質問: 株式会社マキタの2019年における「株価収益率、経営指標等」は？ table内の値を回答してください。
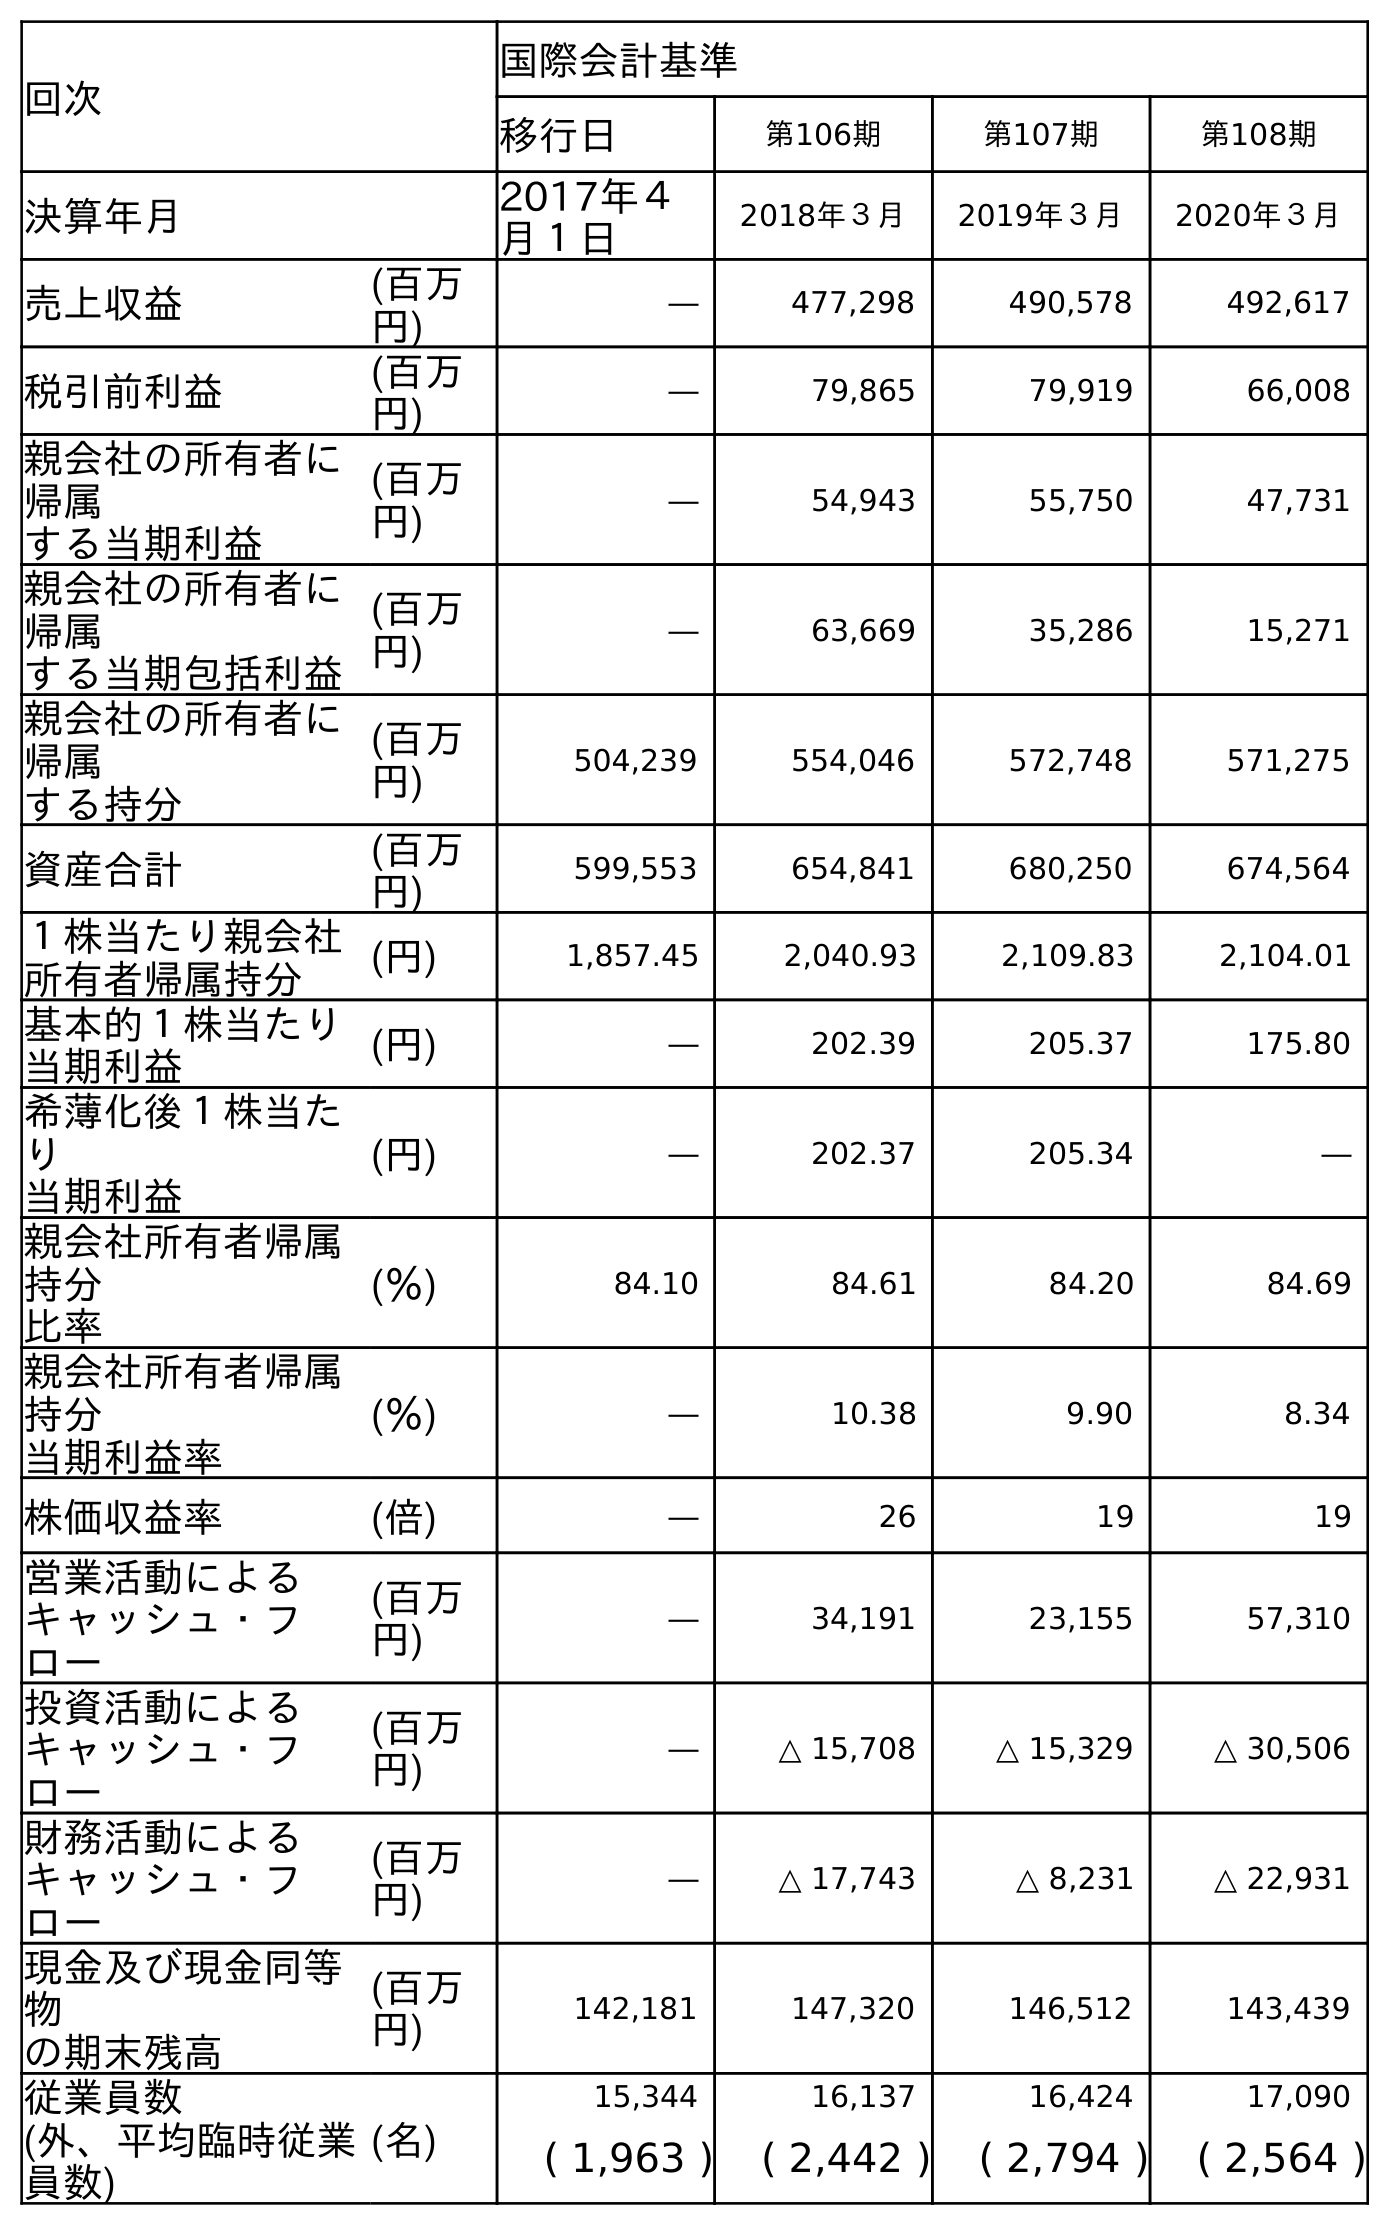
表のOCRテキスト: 回次 国際会計基準 移行日 第106期 第107期 第108期 決算年月 2017年４ 月１日 2018年３月 2019年３月 2020年３月 売上収益 (百万 円) ― 477,298 490,578 492,617 税引前利益 (百万 円) ― 79,865 79,919 66,008 親会社の所有者に 帰属 する当期利益 (百万 円) ― 54,943 55,750 47,731 親会社の所有者に 帰属 する当期包括利益 (百万 円) ― 63,669 35,286 15,271 親会社の所有者に 帰属 する持分 (百万 円) 504,239 554,046 572,748 571,275 資産合計 (百万 円) 599,553 654,841 680,250 674,564 １株当たり親会社 所有者帰属持分 (円) 1,857.45 2,040.93 2,109.83 2,104.01 基本的１株当たり 当期利益 (円) ― 202.39 205.37 175.80 希薄化後１株当た り 当期利益 (円) ― 202.37 205.34 ― 親会社所有者帰属 持分 比率 (％) 84.10 84.61 84.20 84.69 親会社所有者帰属 持分 当期利益率 (％) ― 10.38 9.90 8.34 株価収益率 (倍) ― 26 19 19 営業活動による キャッシュ・フ ロー (百万 円) ― 34,191 23,155 57,310 投資活動による キャッシュ・フ ロー (百万 円) ― △ 15,708 △ 15,329 △ 30,506 財務活動による キャッシュ・フ ロー (百万 円) ― △ 17,743 △ 8,231 △ 22,931 現金及び現金同等 物 の期末残高 (百万 円) 142,181 147,320 146,512 143,439 従業員数 (名) 15,344 16,137 16,424 17,090 (外、平均臨時従業 員数) ( 1,963 ) ( 2,442 ) ( 2,794 ) ( 2,564 )
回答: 19